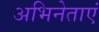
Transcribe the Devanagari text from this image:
अभिनेताएं